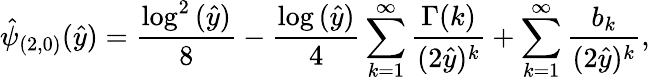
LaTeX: \hat{\psi}_{(2,0)}(\hat{y})=\frac{\log^{2}{(\hat{y})}}{8}-\frac{\log{(\hat{y})}}{4}\sum_{k=1}^{\infty}\frac{\Gamma(k)}{(2\hat{y})^{k}}+\sum_{k=1}^{\infty}\frac{b_{k}}{(2\hat{y})^{k}},